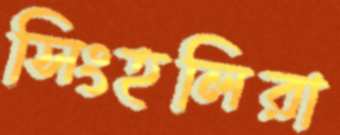
সিংহলিরা